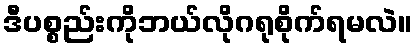
ဒီပစ္စည်းကိုဘယ်လိုဂရုစိုက်ရမလဲ။